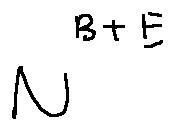
N ^ { B + E }